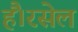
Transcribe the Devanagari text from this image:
हैं।रसेल